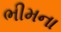
ભીમના